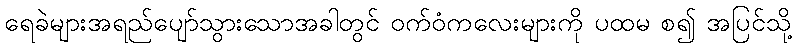
ရေခဲများအရည်ပျော်သွားသောအခါတွင် ဝက်ဝံကလေးများကို ပထမ စ၍ အပြင်သို့